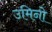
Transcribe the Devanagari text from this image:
उमिनो